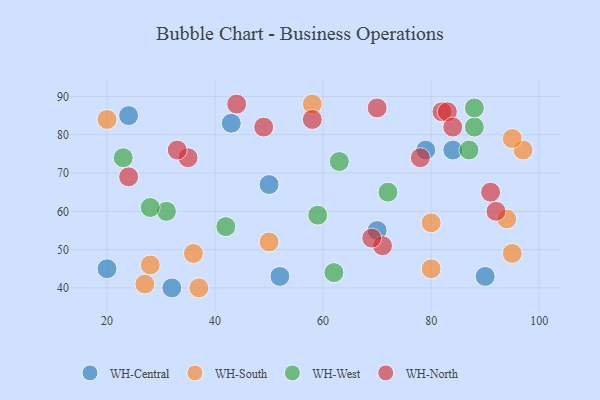
{"axis": {"x": "GDP", "y": "Life Expectancy"}, "legend": ["WH-Central", "WH-North", "WH-South", "WH-West"], "data": [{"x": "32", "y": 40, "type": "WH-Central"}, {"x": "84", "y": 76, "type": "WH-Central"}, {"x": "50", "y": 67, "type": "WH-Central"}, {"x": "52", "y": 43, "type": "WH-Central"}, {"x": "20", "y": 45, "type": "WH-Central"}, {"x": "70", "y": 55, "type": "WH-Central"}, {"x": "90", "y": 43, "type": "WH-Central"}, {"x": "24", "y": 85, "type": "WH-Central"}, {"x": "79", "y": 76, "type": "WH-Central"}, {"x": "43", "y": 83, "type": "WH-Central"}, {"x": "95", "y": 49, "type": "WH-South"}, {"x": "20", "y": 84, "type": "WH-South"}, {"x": "80", "y": 57, "type": "WH-South"}, {"x": "58", "y": 88, "type": "WH-South"}, {"x": "97", "y": 76, "type": "WH-South"}, {"x": "36", "y": 49, "type": "WH-South"}, {"x": "27", "y": 41, "type": "WH-South"}, {"x": "94", "y": 58, "type": "WH-South"}, {"x": "28", "y": 46, "type": "WH-South"}, {"x": "95", "y": 79, "type": "WH-South"}, {"x": "80", "y": 45, "type": "WH-South"}, {"x": "50", "y": 52, "type": "WH-South"}, {"x": "37", "y": 40, "type": "WH-South"}, {"x": "87", "y": 76, "type": "WH-West"}, {"x": "31", "y": 60, "type": "WH-West"}, {"x": "88", "y": 82, "type": "WH-West"}, {"x": "63", "y": 73, "type": "WH-West"}, {"x": "28", "y": 61, "type": "WH-West"}, {"x": "59", "y": 59, "type": "WH-West"}, {"x": "72", "y": 65, "type": "WH-West"}, {"x": "42", "y": 56, "type": "WH-West"}, {"x": "23", "y": 74, "type": "WH-West"}, {"x": "62", "y": 44, "type": "WH-West"}, {"x": "88", "y": 87, "type": "WH-West"}, {"x": "35", "y": 74, "type": "WH-North"}, {"x": "71", "y": 51, "type": "WH-North"}, {"x": "24", "y": 69, "type": "WH-North"}, {"x": "78", "y": 74, "type": "WH-North"}, {"x": "49", "y": 82, "type": "WH-North"}, {"x": "70", "y": 87, "type": "WH-North"}, {"x": "82", "y": 86, "type": "WH-North"}, {"x": "91", "y": 65, "type": "WH-North"}, {"x": "83", "y": 86, "type": "WH-North"}, {"x": "58", "y": 84, "type": "WH-North"}, {"x": "92", "y": 60, "type": "WH-North"}, {"x": "44", "y": 88, "type": "WH-North"}, {"x": "84", "y": 82, "type": "WH-North"}, {"x": "69", "y": 53, "type": "WH-North"}, {"x": "33", "y": 76, "type": "WH-North"}]}